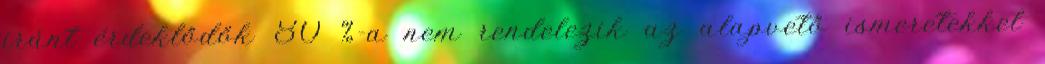
iránt érdeklődők 80 %-a nem rendelezik az alapvető ismeretekkel